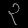
Digit: ၃